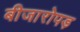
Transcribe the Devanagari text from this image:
बीजारोपड़